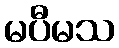
မပီမသ